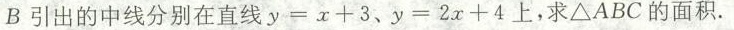
B引出的中线分别在直线$$y = x + 3$$、$$y = 2 x + 4$$上，求△ABC的面积.